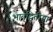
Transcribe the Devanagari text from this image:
भातृद्वितीया